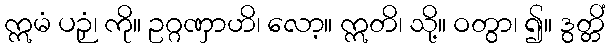
ဣမံ ပဉှံ၊ ကို။ ဥဂ္ဂဏှာဟိ၊ လော့။ ဣတိ၊ သို့။ ဝတွာ၊ ၍။ ဒွတ္တိံ